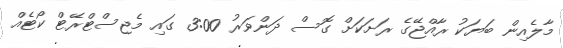
މާލެއިން ބަޔަކު ރާއްޖޭގެ ރަށަކަށް ގޮސް ދަންވަރު 3:00 ގައި މެޖިސްޓްރޭޓް ކޯޓެއް